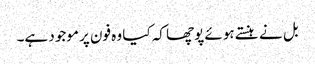
بل نے ہنستے ہوئے پوچھا کہ کیا وہ فون پر موجود ہے۔